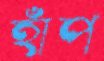
হাঁপ